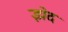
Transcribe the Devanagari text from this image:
झेद